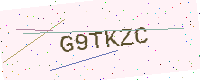
Text: G9TKZC